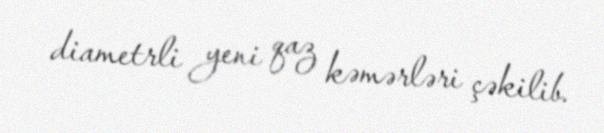
diametrli yeni qaz kəmərləri çəkilib.